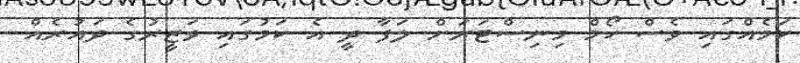
ކަމެއްގައި ވެސް ހޯމް މިނިސްޓަރަށް ލަފާ ދީ އެ ކަމުގައި ވަޒީރުގެ ދައުރެއް